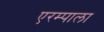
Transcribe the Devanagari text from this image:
एरम्पाला